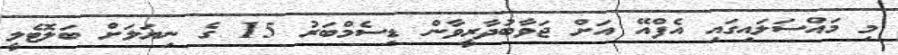
މި މައްސަލައިގައި އެފްއޭ އަށް ޖަވާބުދާރީވާން ޑިސެމްބަރު 15 ގެ ނިޔަލަށް ބަލޮޓެލީ